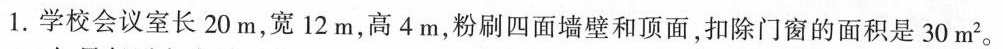
1.学校会议室长20m，宽12m，高4m，粉刷四面墙壁和顶面，扣除门窗的面积是30m^{2}。